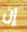
إن